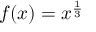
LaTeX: f ( x ) = x ^ { \frac { 1 } { 3 } }